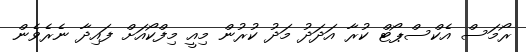
ރޯމަސް އެކްސްޕޯޓް ކުރާ އަދަދު މަދު ކުރުން މިއީ މިފްކޯއަށް ފައިދާ ނެރެވެން